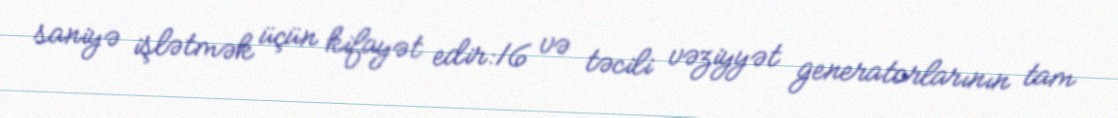
saniyə işlətmək üçün kifayət edir:16 və təcili vəziyyət generatorlarının tam